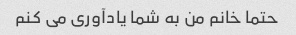
حتما خانم من به شما یادآوری می کنم